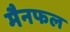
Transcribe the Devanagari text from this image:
मैनफल